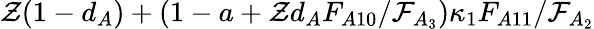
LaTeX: \mathcal{Z}(1-d_{A})+(1-a+\mathcal{Z}d_{A}F_{A10}/\mathcal{F}_{A_{3}})\kappa_{1}F_{A11}/\mathcal{F}_{A_{2}}